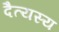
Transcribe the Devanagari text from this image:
दैत्यस्य